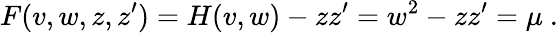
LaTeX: F(v,w,z,z^{\prime})=H(v,w)-zz^{\prime}=w^{2}-zz^{\prime}=\mu~.